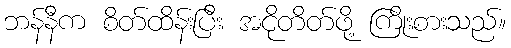
ဘန်နီက စိတ်ထိန်းပြီး အငိုတိတ်ဖို့ ကြိုးစားသည်။